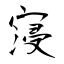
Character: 寖